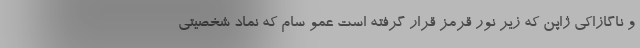
و ناگازاکی ژاپن که زیر نور قرمز قرار گرفته است عمو سام که نماد شخصیتی